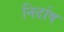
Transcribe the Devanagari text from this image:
निर्दाष